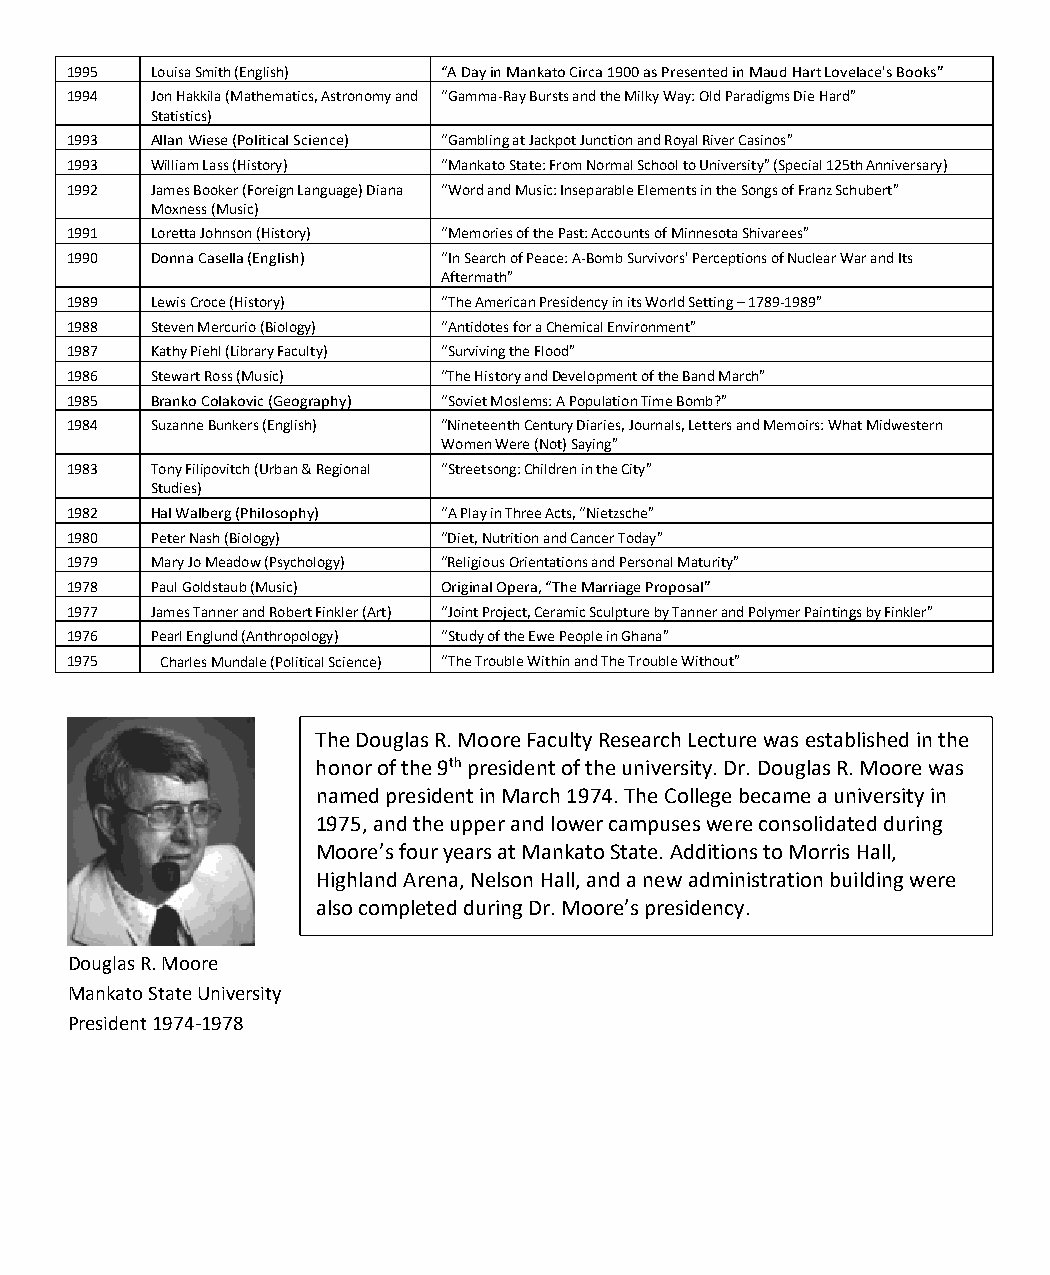
1995  Louisa Smith (English) “A Day in Mankato Circa 1900 as Presented in Maud Hart Lovelace's Books”
 1994  Jon Hakkila (Mathematics, Astronomy and “Gamma-Ray Bursts and the Milky Way: Old Paradigms Die Hard”
 Statistics)
 1993  Allan Wiese (Political Science) “Gambling at Jackpot Junction and Royal River Casinos”
 1993  William Lass (History) “Mankato State: From Normal School to University” (Special 125th Anniversary)
 1992  James Booker (Foreign Language) Diana “Word and Music: Inseparable Elements in the Songs of Franz Schubert”
 Moxness (Music)
 1991  Loretta Johnson (History) “Memories of the Past: Accounts of Minnesota Shivarees”
 1990  Donna Casella (English) “In Search of Peace: A-Bomb Survivors' Perceptions of Nuclear War and Its
 Aftermath”
 1989  Lewis Croce (History) “The American Presidency in its World Setting – 1789-1989”
 1988  Steven Mercurio (Biology) “Antidotes for a Chemical Environment”
 1987  Kathy Piehl (Library Faculty) “Surviving the Flood”
 1986  Stewart Ross (Music) “The History and Development of the Band March”
 1985  Branko Colakovic (Geography) “Soviet Moslems: A Population Time Bomb?”
 1984  Suzanne Bunkers (English) “Nineteenth Century Diaries, Journals, Letters and Memoirs: What Midwestern
 Women Were (Not) Saying”
 1983  Tony Filipovitch (Urban & Regional “Streetsong: Children in the City”
 Studies)
 1982  Hal Walberg (Philosophy) “A Play in Three Acts, “Nietzsche”
 1980  Peter Nash (Biology) “Diet, Nutrition and Cancer Today”
 1979  Mary Jo Meadow (Psychology) “Religious Orientations and Personal Maturity”
 1978  Paul Goldstaub (Music) Original Opera, “The Marriage Proposal”
 1977  James Tanner and Robert Finkler (Art) “Joint Project, Ceramic Sculpture by Tanner and Polymer Paintings by Finkler”
 1976  Pearl Englund (Anthropology) “Study of the Ewe People in Ghana”
 1975   Charles Mundale (Political Science) “The Trouble Within and The Trouble Without”
 The Douglas R. Moore Faculty Research Lecture was established in the
 honor of the 9th president of the university. Dr. Douglas R. Moore was
 named president in March 1974. The College became a university in
 1975, and the upper and lower campuses were consolidated during
 Moore’s four years at Mankato State. Additions to Morris Hall,
 Highland Arena, Nelson Hall, and a new administration building were
 also completed during Dr. Moore’s presidency.
 Douglas R. Moore
 Mankato State University
 President 1974-1978